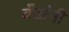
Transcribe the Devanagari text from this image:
बँडांनी